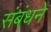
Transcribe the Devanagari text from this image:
संबंधने